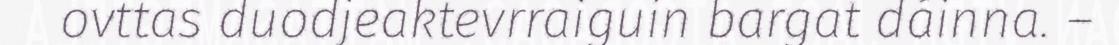
ovttas duodjeaktevrraiguin bargat dáinna. –